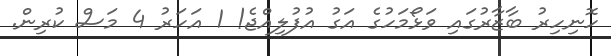
ހޮނިހިރު ބާޒާރުގައި ވަޅޯމަހުގެ އަގު އުފުލިއްޖެ! 1 އަހަރު 4 މަސް ކުރިން.